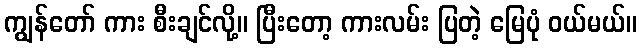
ကျွန်တော် ကား စီးချင်လို့။ ပြီးတော့ ကားလမ်း ပြတဲ့ မြေပုံ ဝယ်မယ်။